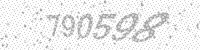
Solution: 790598